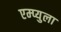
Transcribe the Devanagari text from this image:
एम्प्युला